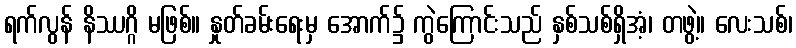
ရက်လွန် နိဿဂ္ဂိ မဖြစ်။ နှုတ်ခမ်းရေးမှ အောက်၌ ကွဲကြောင်းသည် နှစ်သစ်ရှိအံ့၊ တဖွဲ့။ လေးသစ်၊